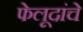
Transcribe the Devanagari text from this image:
फेलूदांचे